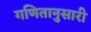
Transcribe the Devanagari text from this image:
गणितानुसारी